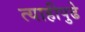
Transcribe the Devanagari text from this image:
त्याहीपुढे